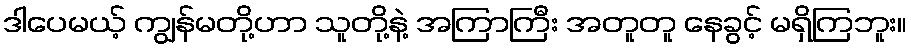
ဒါပေမယ့် ကျွန်မတို့ဟာ သူတို့နဲ့ အကြာကြီး အတူတူ နေခွင့် မရှိကြဘူး။